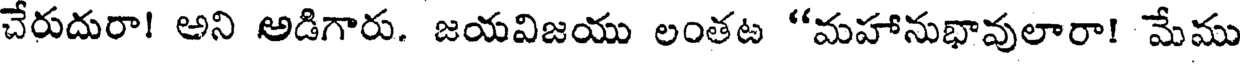
చేరుదురా! అని అడిగారు. జయవిజయు లంతట "మహానుభావులారా! మేము